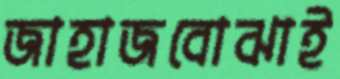
জাহাজবোঝাই